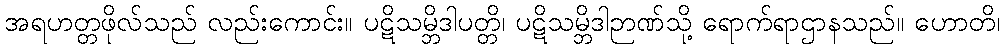
အရဟတ္တဖိုလ်သည် လည်းကောင်း။ ပဋိသမ္ဘိဒါပတ္တိ၊ ပဋိသမ္ဘိဒါဉာဏ်သို့ ရောက်ရာဌာနသည်။ ဟောတိ၊